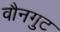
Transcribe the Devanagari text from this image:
वौनगुट